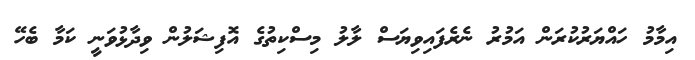
އިމާމު ހައްޔަރުކުރަން އަމުރު ނެރެފައިވިޔަސް ލާލު މިސްކިތުގެ އޮފިޝަލުން ވިދާޅުވަނީ ކަމާ ބެހޭ